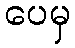
ပေမှ